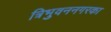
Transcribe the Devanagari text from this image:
त्रिभुवननगरका